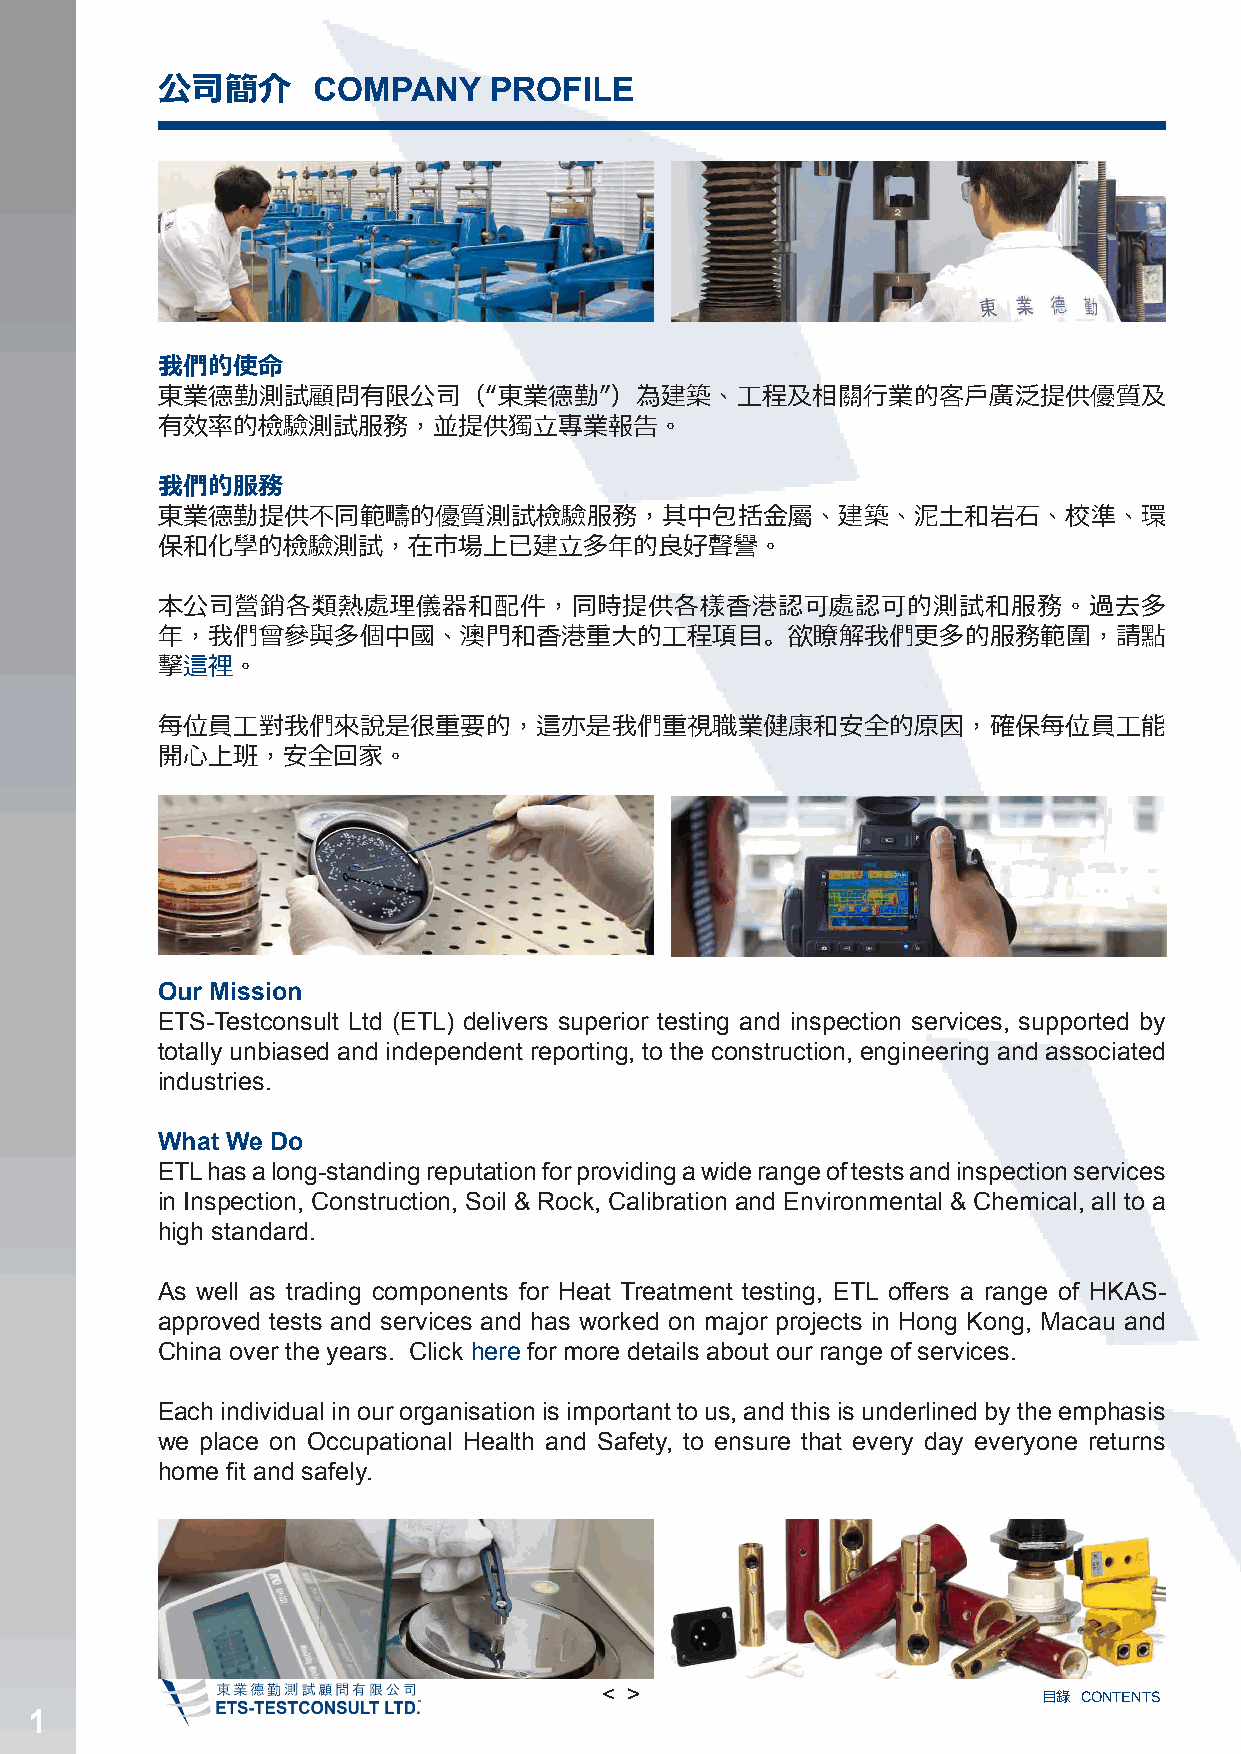
公司簡介       COMPANY    PROFILE
 我們的使命
 東業德勤測試顧問有限公司（“東業德勤”）為建築、工程及相關行業的客戶廣泛提供優質及
 有效率的檢驗測試服務，並提供獨立專業報告。
 我們的服務
 東業德勤提供不同範疇的優質測試檢驗服務，其中包括金屬、建築、泥土和岩石、校準、環
 保和化學的檢驗測試，在市場上已建立多年的良好聲譽。
 本公司營銷各類熱處理儀器和配件，同時提供各樣香港認可處認可的測試和服務。過去多
 年，我們曾參與多個中國、澳門和香港重大的工程項目。欲瞭解我們更多的服務範圍，請點
 擊這裡。
 每位員工對我們來說是很重要的，這亦是我們重視職業健康和安全的原因，確保每位員工能
 開心上班，安全回家。
 Our Mission
 ETS-Testconsult Ltd (ETL) delivers superior testing and inspection services, supported by
 totally unbiased and independent reporting, to the construction, engineering and associated
 industries.
 What We Do
 ETL has a long-standing reputation for providing a wide range of tests and inspection services
 in Inspection, Construction, Soil & Rock, Calibration and Environmental & Chemical, all to a
 high standard.
 As well as trading components for Heat Treatment testing, ETL offers a range of HKAS-
 approved tests and services and has worked on major projects in Hong Kong, Macau and
 China over the years. Click here for more details about our range of services.
 Each individual in our organisation is important to us, and this is underlined by the emphasis
 we place on Occupational Health and Safety, to ensure that every day everyone returns
 home fit and safely.
 < >                          目錄 CONTENTS
 1